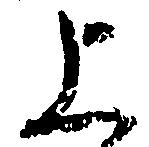
上